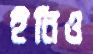
ইনিও